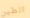
الطين